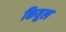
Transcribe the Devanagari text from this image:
कियुल